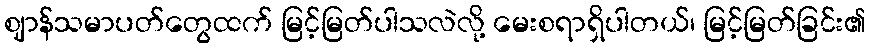
ဈာန်သမာပတ်တွေထက် မြင့်မြတ်ပါသလဲလို့ မေးစရာရှိပါတယ်၊ မြင့်မြတ်ခြင်း၏